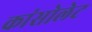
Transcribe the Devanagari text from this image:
कांसोलेट